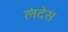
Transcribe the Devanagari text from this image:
लंदेस